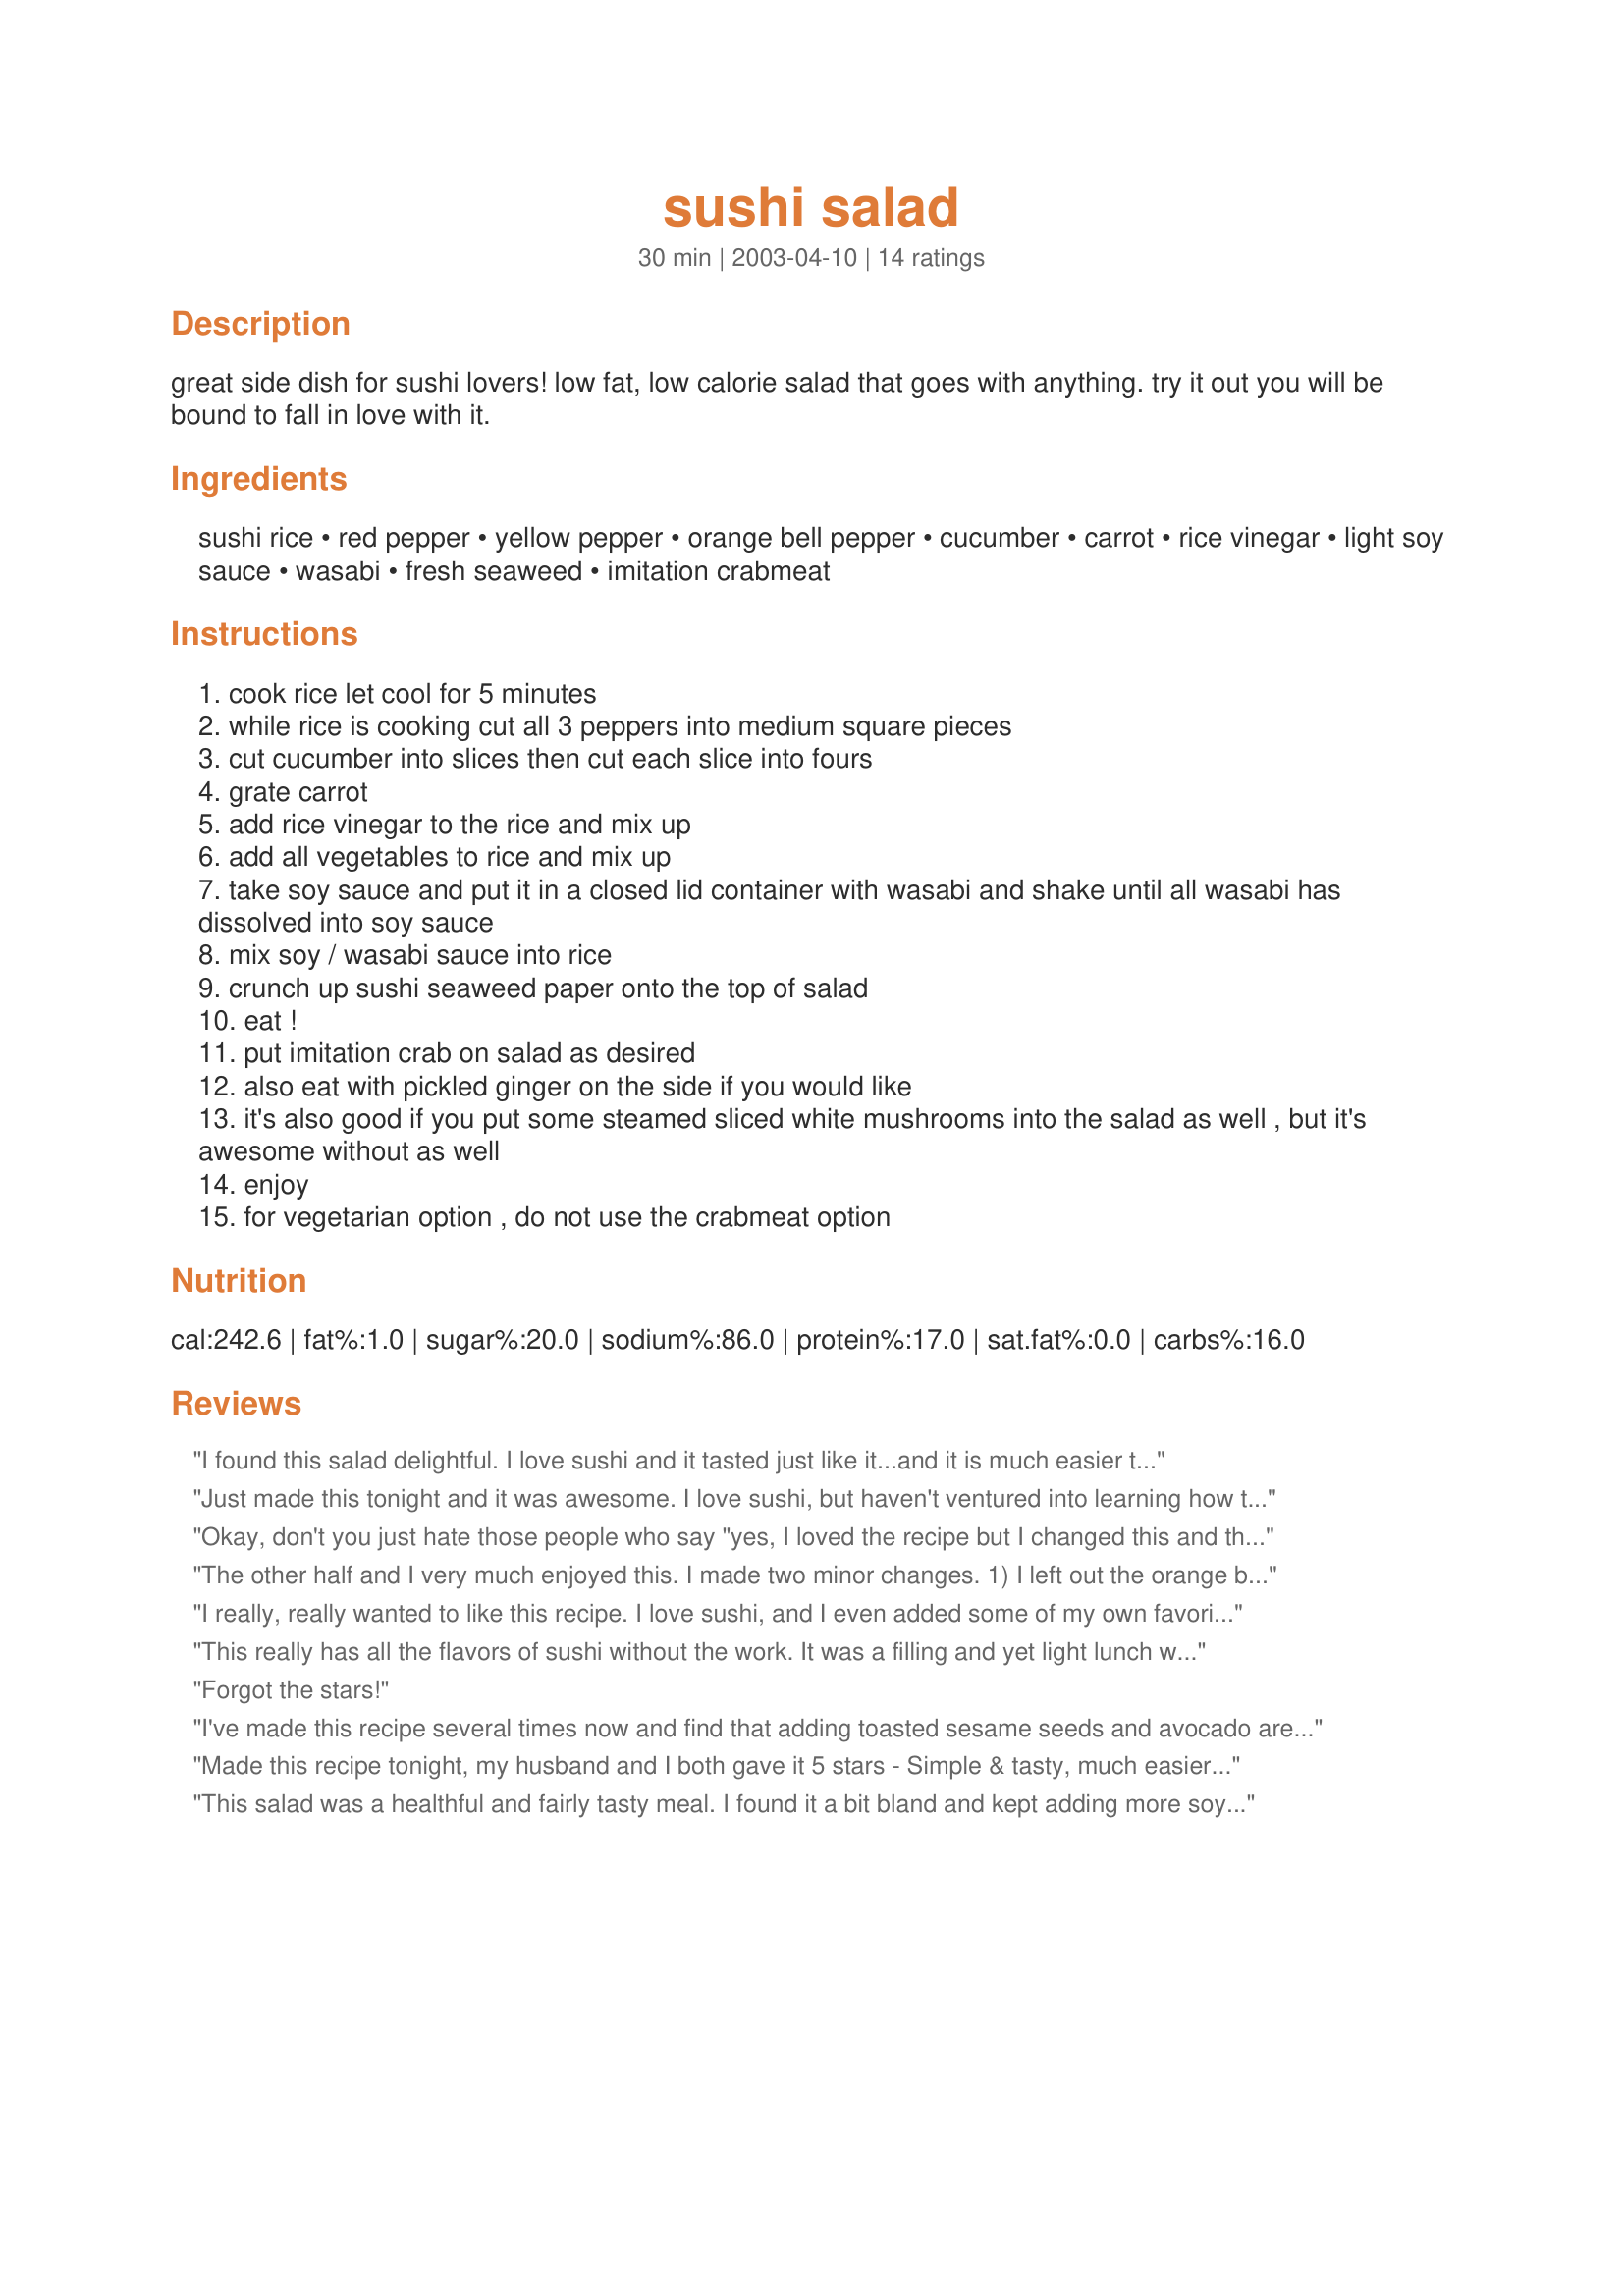
sushi salad
Preparation time: 30 minutes

great side dish for sushi lovers! low fat, low calorie salad that goes with anything. try it out you will be bound to fall in love with it.

Ingredients:
sushi rice, red pepper, yellow pepper, orange bell pepper, cucumber, carrot, rice vinegar, light soy sauce, wasabi, fresh seaweed, imitation crabmeat

Steps:
cook rice let cool for 5 minutes
while rice is cooking cut all 3 peppers into medium square pieces
cut cucumber into slices then cut each slice into fours
grate carrot
add rice vinegar to the rice and mix up
add all vegetables to rice and mix up
take soy sauce and put it in a closed lid container with wasabi and shake until all wasabi has dissolved into soy sauce
mix soy / wasabi sauce into rice
crunch up sushi seaweed paper onto the top of salad
eat !
put imitation crab on salad as desired
also eat with pickled ginger on the side if you would like
it's also good if you put some steamed sliced white mushrooms into the salad as well , but it's awesome without as well
enjoy
for vegetarian option , do not use the crabmeat option

Reviews:
I found this salad delightful. I love sushi and it tasted just like it...and it is much easier than all that rolling...even though the sushi rice is kind of a pain because of temperature changes. I also used real crab meat and added shrimp as well! I will definitely make it again!!! Thanks Tyler!
Just made this tonight and it was awesome. I love sushi, but haven't ventured into learning how to roll my own. This satisfied my sushi craving wonderfully. I skipped the carrots and added steamed shitake mushrooms and also added one avacado. Next time I'll add two avacados and up the rice by 1/2 cup. I'll also try using brown rice and making this as a stir-fry. My 15 month old loved this. Thanks Tyler!
Okay, don't you just hate those people who say "yes, I loved the recipe but I changed this and this and this and this?" I've made it twice, once with sushi rice and once with jasmine rice. While the sushi rice is certainly more authentic, not to mention sticky, I love the fragrant smell of jasmine rice. It DOES make for a rather different dish. 
Other changes? Aha, I used an English cucumber, peeling it, removing the seeds, and slicing it julienne style. I left the wasabi on the side, but added a little more rice vinegar, and in the sushi rice tradition I first heated it with a little sugar, allowing it to cool before tossing it with the rice. I also julienned the peppers, arranging them, along with a diced avocado, around the outside of the rice which I served in a mound on a pretty Japanese style serving plate. Instead of crunching up the seaweed, I used Nori rolls cut into a perfect size for making a handroll. What else? Ah, yes.... real crab, and (ready for this?) wasabi peas on the side, and then sprinkled with toasted sesame seeds and black sesame seeds. I must say, the presentation was stunning. When I used the jasmine rice I added a little more rice vinegar and sugar, which helped it stick together a little bit. Good stuff and quite easy.
The other half and I very much enjoyed this. I made two minor changes. 1) I left out the orange bell pepper because I couldn't find one. 2) I added an avacodo because we had one. The end result was a bit of a Califorina Roll flavor. I'm told I can make this again soon. ;-)
I really, really wanted to like this recipe. I love sushi, and I even added some of my own favorite ingredients like avocado and salmon. However, I found this dish to be way too heavy on the soy sauce. If I made it again, I'd definitely set the soy sauce aside and dip my salad into it.
This really has all the flavors of sushi without the work. It was a filling and yet light lunch with the Krab added. Thank you.
Forgot the stars!
I've made this recipe several times now and find that adding toasted sesame seeds and avocado are a great addition!
Made this recipe tonight, my husband and I both gave it 5 stars - Simple & tasty, much easier than veggie rolls, but just as good!
This salad was a healthful and fairly tasty meal. I found it a bit bland and kept adding more soy sauce and wasabi. To make it into a vegetarian main dish, I added some tofu, which tasted good mixed in. Overall it was good, but a bit boring.
I thought this recipe sounded weird but interesting so I gave it a try. My boyfriend and I LOVED it! Its a great quick alternative to sushi. I added avocado and crab meat. I also think it would be really good with shrimp. But its also great meatless!
This sounded interesting so I decided we needed to try it! I have made rolled sushi before and it was really good, but alot of work.....this just like regular sushi with LOTS less work. I did make one change though. I only used half the amount of soy sauce because 1/2 cup seemed like alot of liquid for 2 cups of cooked rice. It was plenty. I did use the suggested amount of wasabi though. I used jasmine rice also and it was really good! I topped with fresh avocado and pink salad shrimp. Delicious! Thanks for sharing! I will be making again.....very soon I'm sure!
I didn't give this any stars, because I made some changes based on what I had (basically so I wouldn't have to go to the store for one thing), and I didn't think it was fair to rate it. I used brown rice, an English cucumber that I sliced as you suggested, julienned carrots, finely sliced green onions, and roughly chopped medium shrimp. I also followed sconehead's suggestion to half the soy sauce, and 1/4 cup was plenty for me too. I whisked the rice vinegar, soy sauce, and wasabi in a small bowl, and poured it over the whole sha-bang. Then I topped it off with diced avocado. It was so good, easy, filling, and hit the spot on the sushi craving. This recipe can totally be tailored to add or subtract any veggies you like or don't like. Thanks for posting this!
I will not rate because I changed the veggies in this recipe thinking I would use the items in a California roll. I used avocado, cucumber, sesame seeds, shrimp, and toasted seaweed. 
I used kitchen shears to cut into 1 inch rows then cut in smaller pieces. I will make a suggestion, probably making the sushi rice as per a different recipe would probably help cause it usually has sugar in the rice wine vinegar. My kids loved the changes I made, I didn't, something seemed a little off.
